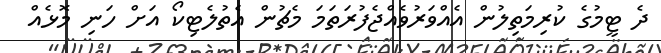
ދެ ޓީމުގެ ކުރިމަތިލުން އެއްވަރުވެއްޖެފުރަތަމަ މެޗުން އެތުލެޓިކޯ އަށް ހަނި މޮޅެއް